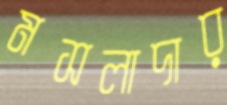
মসলাদার